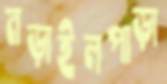
নড়াইলপাড়া